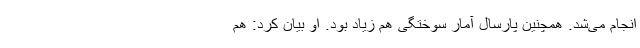
انجام می‌شد. همچنین پارسال آمار سوختگی هم زیاد بود. او بیان کرد: هم